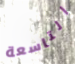
التاسعة